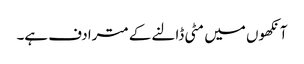
آنکھوں میں مٹی ڈالنے کے مترادف ہے۔